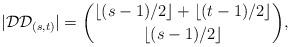
LaTeX: \begin{align*}|\mathcal{DD}_{(s,t)}|=\binom{\lfloor (s-1)/2 \rfloor + \lfloor (t-1)/2 \rfloor}{\lfloor (s-1)/2 \rfloor},\end{align*}